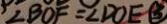
\angle B O F = \angle D O E ( \textcircled { 3 }